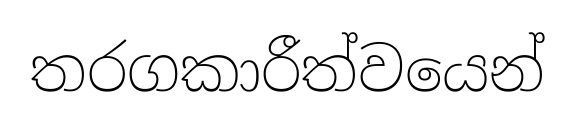
තරගකාරීත්වයෙන්